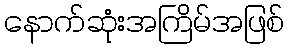
နောက်ဆုံးအကြိမ်အဖြစ်